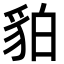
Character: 貃